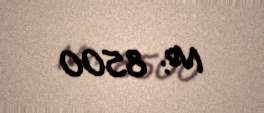
№: 8500